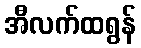
အီလက်ထရွန်